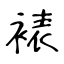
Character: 裱